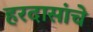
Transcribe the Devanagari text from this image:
हरदासांचे